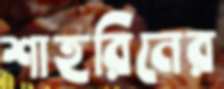
শাহরিনের